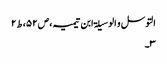
التوسل و الوسیلۃ ابن تیمیہ،ص۵۲،ط۲
۳۔